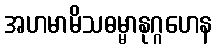
အဟမာမိသဓမ္မာနုဂ္ဂဟေန